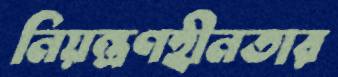
নিয়ন্ত্রণহীনতার